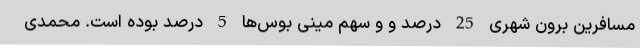
مسافرین برون شهری 25 درصد و و سهم مینی بوس‌ها 5 درصد بوده است. محمدی